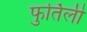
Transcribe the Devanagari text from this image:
फुर्तिली